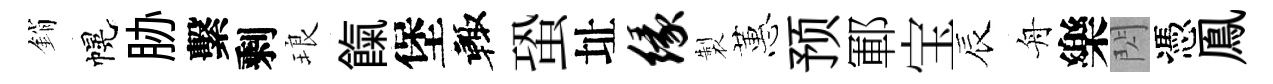
銷幌胁繫剩琅餼堡輙蛩址缘製蕙预鄆宝辰舟樂閃憑鳯